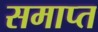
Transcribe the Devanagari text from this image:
समाप्त